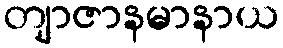
တျာဇာနမာနာယ